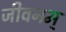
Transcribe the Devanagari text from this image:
जीवनम्